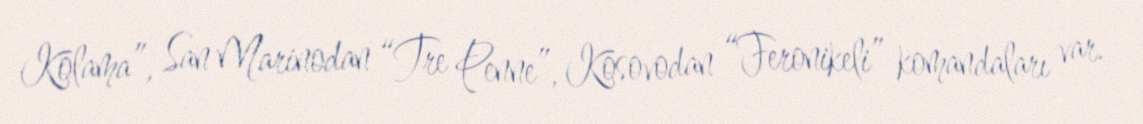
Kolama”, San Marinodan “Tre Penne”, Kosovodan “Feronikeli” komandaları var.